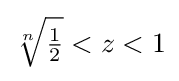
{\sqrt[{n}]{\tfrac {1}{2}}}<z<1